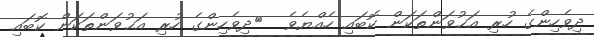
ދިވެހިންގެ ހުރި އަޙުވަންތަކަން ކޮބައި ހެއްޔެވެ  	ދިވެހިންގެ ހުރި އަޙުވަންތަކަން ކޮބައި